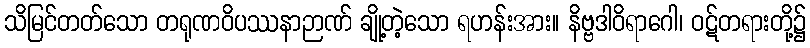
သိမြင်တတ်သော တရုဏဝိပဿနာဉာဏ် ချို့တဲ့သော ရဟန်းအား။ နိဗ္ဗဒါဝိရာဂေါ၊ ဝဋ်တရားတို့၌